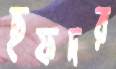
ছফদর